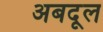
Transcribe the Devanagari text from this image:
अबदूल